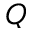
Q